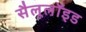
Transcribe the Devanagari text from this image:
सैलूलॉइड